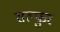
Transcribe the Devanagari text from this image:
सल्फुर